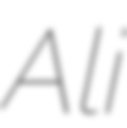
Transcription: Ali